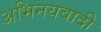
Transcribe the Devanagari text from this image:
अभिनयवादी